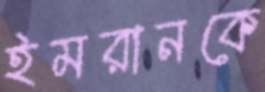
ইমরানকে